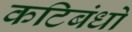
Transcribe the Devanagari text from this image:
कटिबंधो